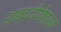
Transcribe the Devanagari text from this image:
शब्ददीपोत्सव